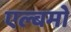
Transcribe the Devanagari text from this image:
एल्बमो